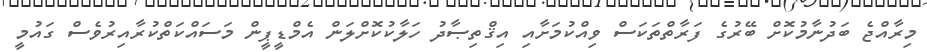
މިރާއްޖެ ބަދުނާމުކޮށް ބޭރުގެ ފަރާތްތަކަަސް ވިއްކުމަށާއި އިޤްތިޞާދު ހަލާކުކޮށްލަން އެމްޑީޕީން މަސައްކަތްކުރާއިރުވެސް ގައުމީ